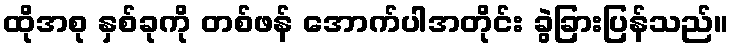
ထိုအစု နှစ်ခုကို တစ်ဖန် အောက်ပါအတိုင်း ခွဲခြားပြန်သည်။